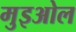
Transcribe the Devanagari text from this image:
मुइओल